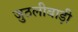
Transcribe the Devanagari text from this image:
जुठलीबाड़ी